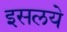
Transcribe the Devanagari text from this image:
इसलये